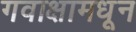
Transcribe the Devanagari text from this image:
गवाक्षामधून